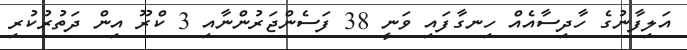
އަލިފާނުގެ ހާދިސާއެއް ހިނގާފައި ވަނީ 38 ފަސެންޖަރުންނާއި 3 ކްރޫ އިން ދަތުރުކުރި